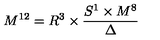
M ^ { 1 2 } = R ^ { 3 } \times \frac { S ^ { 1 } \times M ^ { 8 } } { \Delta }